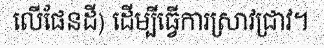
លើផែនដី) ដើម្បីធ្វើការស្រាវជ្រាវ។